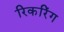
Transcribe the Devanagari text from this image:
रिकरिंग